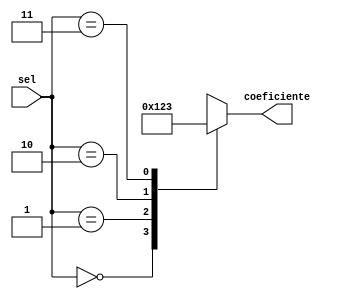
module Mux#(parameter width = 4)(
	input wire [1:0] sel,
	output reg [width-1:0] coeficiente
    );
	 
	reg [width-1:0] a1b = 2'b0011;
	reg [width-1:0] a1m = 2'b0010;
	reg [width-1:0] a1a = 2'b0001;

	always @(sel, a1b,a1m,a1a)
			case (sel)
				2'b00: coeficiente = 4'b0;
				2'b01: coeficiente = a1a;
				2'b10: coeficiente = a1m;
				2'b11: coeficiente = a1b;
			endcase

endmodule